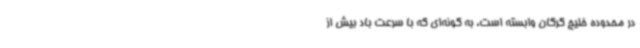
در محدوده خلیج گرگان وابسته است، به گونه‌ای که با سرعت باد بیش از